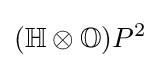
(\mathbb {H} \otimes \mathbb {O} )P^{2}